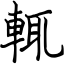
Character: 輒